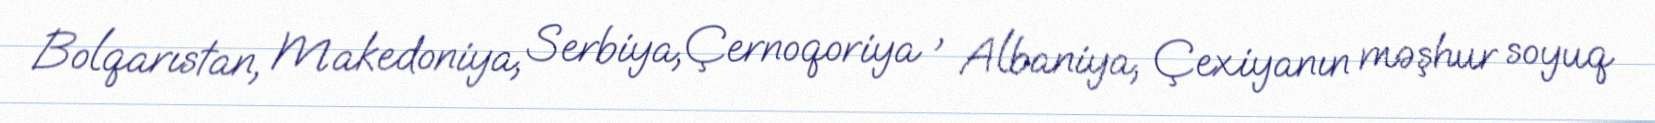
Bolqarıstan, Makedoniya, Serbiya,Çernoqoriya , Albaniya, Çexiyanın məşhur soyuq